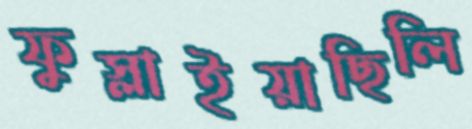
ফুস্‌লাইয়াছিলি